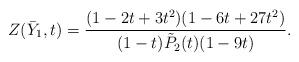
LaTeX: \begin{align*}Z(\bar Y_1,t) = \frac{(1-2t+3t^2)(1-6t+27t^2)}{(1-t)\tilde P_2(t) (1-9t)}.\end{align*}